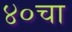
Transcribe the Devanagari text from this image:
४०चा